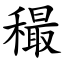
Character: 穝